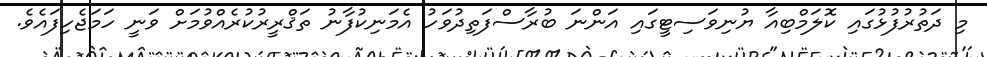
މި ދަތުރުފުޅުގައި ކޮލަމްބިއާ ޔުނިވަސިޓީގައި އަންނަ ބުރާސްފަތިދުވަހު އެމަނިކުފާނު ތަޤްރީރުކުރެއްވުމަށް ވަނީ ހަމަޖެހިފައެވެ.